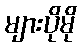
များပိုမို